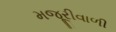
મજૂરીવાળી